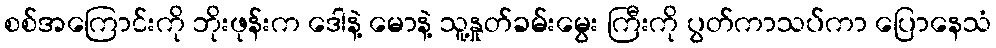
စစ်အကြောင်းကို ဘိုးဖုန်းက ဒေါနဲ့ မောနဲ့ သူ့နှုတ်ခမ်းမွေး ကြီးကို ပွတ်ကာသပ်ကာ ပြောနေသံ